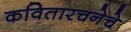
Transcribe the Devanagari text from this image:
कवितारचनेचे